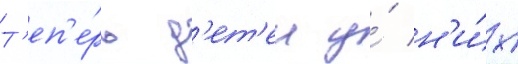
Т'еп'е́рь д'ет'еи у́ н'и́х